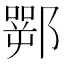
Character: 䣞